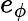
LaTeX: e_{\phi}